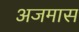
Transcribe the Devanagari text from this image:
अजमास